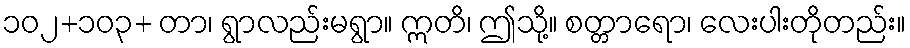
၁၀၂+၁၀၃+ တာ၊ ရွာလည်းမရွာ။ ဣတိ၊ ဤသို့။ စတ္တာရော၊ လေးပါးတိုတည်း။